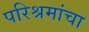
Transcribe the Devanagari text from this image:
परिश्रमांचा